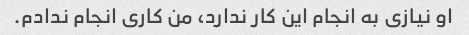
او نیازی به انجام این کار ندارد، من کاری انجام ندادم.